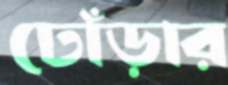
ঢোঁড়ার